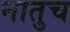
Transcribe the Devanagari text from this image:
नातुच